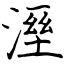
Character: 溼